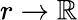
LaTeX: r\to\mathbb{R}